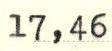
17,46